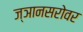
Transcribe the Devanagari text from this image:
ज्ञानसरोवर